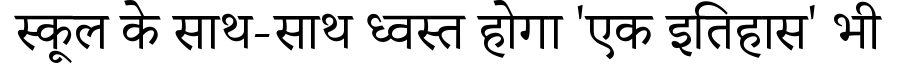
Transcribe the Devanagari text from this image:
स्कूल के साथ-साथ ध्वस्त होगा 'एक इतिहास' भी